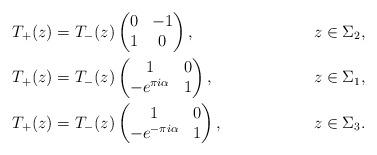
LaTeX: \begin{align*}&T_+(z)=T_-(z)\begin{pmatrix}0&-1\\1&0\end{pmatrix}, &z\in \Sigma_2,\\&T_+(z)=T_-(z)\begin{pmatrix}1&0\\-e^{\pi i\alpha}&1\end{pmatrix}, &z\in \Sigma_1,\\&T_+(z)=T_-(z)\begin{pmatrix}1&0\\-e^{-\pi i\alpha}&1\end{pmatrix}, &z\in \Sigma_3.\end{align*}